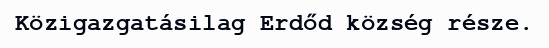
Közigazgatásilag Erdőd község része.